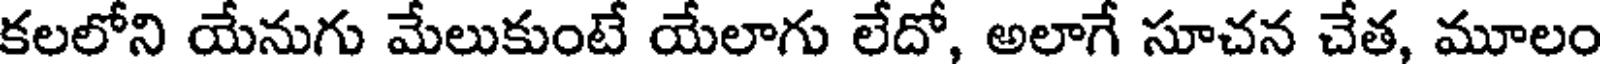
కలలోని యేనుగు మేలుకుంటే యేలాగు లేదో, అలాగే సూచన చేత, మూలం